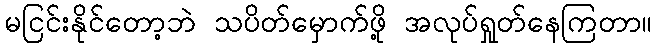
မငြင်းနိုင်တော့ဘဲ သပိတ်မှောက်ဖို့ အလုပ်ရှုတ်နေကြတာ။